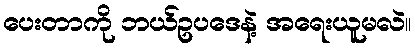
ပေးတာကို ဘယ်ဥပဒေနဲ့ အရေးယူမလဲ။